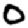
Digit: 0